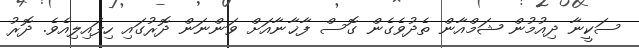
ސަކީނާ ދިއުމުން ޝަމްއާން ތެދުވެގެން ގޮސް ފާޚާނާއަށް ވަންނަން ދޮރުގައި ހިފައިލިއެވެ. ދޮރު